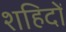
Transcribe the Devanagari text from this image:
शहिदों